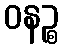
ဝနဉ္စ